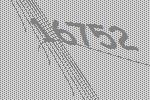
16752